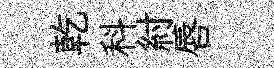
乾科紂唇